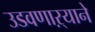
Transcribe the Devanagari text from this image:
उडवणाऱ्याने